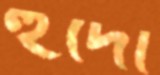
হুদো